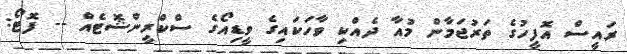
ރައީސް އޮފީހުގެ ތަރުޖަމާން މުއާ ދެއްކި ވާހަކައިގެ ވީޑިއޯގެ ސްކްރީންޝޮޓެއް -- ފޮޓޯ: